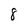
Character: 8